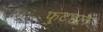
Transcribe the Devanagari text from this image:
फुटहले